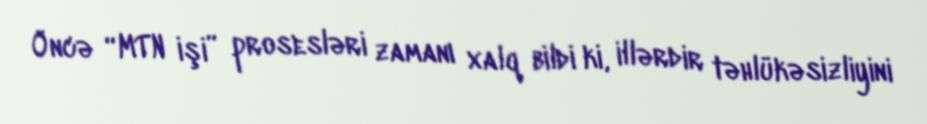
Öncə “MTN işi” prosesləri zamanı xalq bildi ki, illərdir təhlükəsizliyini